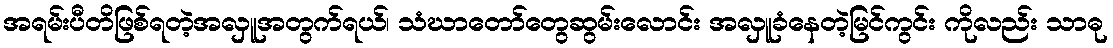
အရမ်းပီတိဖြစ်ရတဲ့အလှူအတွက်ရယ်၊ သံဃာတော်တွေဆွမ်းလောင်း အလှူခံနေတဲ့မြင်ကွင်း ကိုလည်း သာဓု